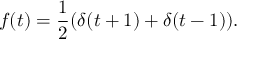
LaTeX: f ( t ) = { \frac { 1 } { 2 } } ( \delta ( t + 1 ) + \delta ( t - 1 ) ) .